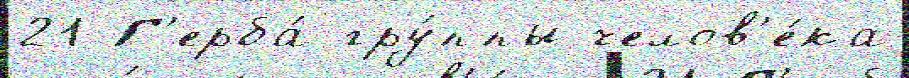
21 Г'ерба́ гру́ппы челов'е́ка